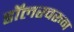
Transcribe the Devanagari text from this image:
डॉलरवरून